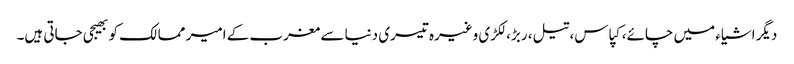
دیگر اشیاء میں چائے، کپاس، تیل، ربڑ، لکڑی وغیرہ تیسری دنیا سے مغرب کے امیر ممالک کو بھیجی جاتی ہیں۔